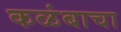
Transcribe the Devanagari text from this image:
कळंबाचा